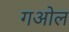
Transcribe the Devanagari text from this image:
गओल